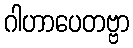
ဂါဟာပေတဗ္ဗာ